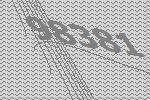
98381